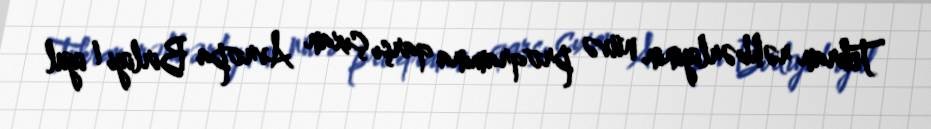
Tehran rəhbərliyinin nüvə proqramına qarşı çıxan Avropa Birliyi 1 iyul